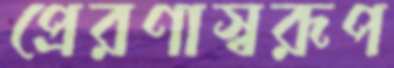
প্রেরণাস্বরূপ